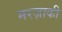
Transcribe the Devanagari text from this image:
मरज़ाकी